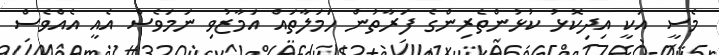
މެސީ އަކީ އިދިކޮޅު ކުޅުންތެރިންގެ ފަރާތުން ހަމަލާތައް އަމާޒުވި ނަމަވެސް އެއީ އެއްވެސް